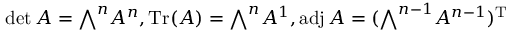
\operatorname* { d e t } A = { \textstyle \bigwedge } ^ { n } A ^ { n } , \operatorname { T r } ( A ) = { \textstyle \bigwedge } ^ { n } A ^ { 1 } , \operatorname { a d j } A = ( { \textstyle \bigwedge } ^ { n - 1 } A ^ { n - 1 } ) ^ { \mathrm { T } }